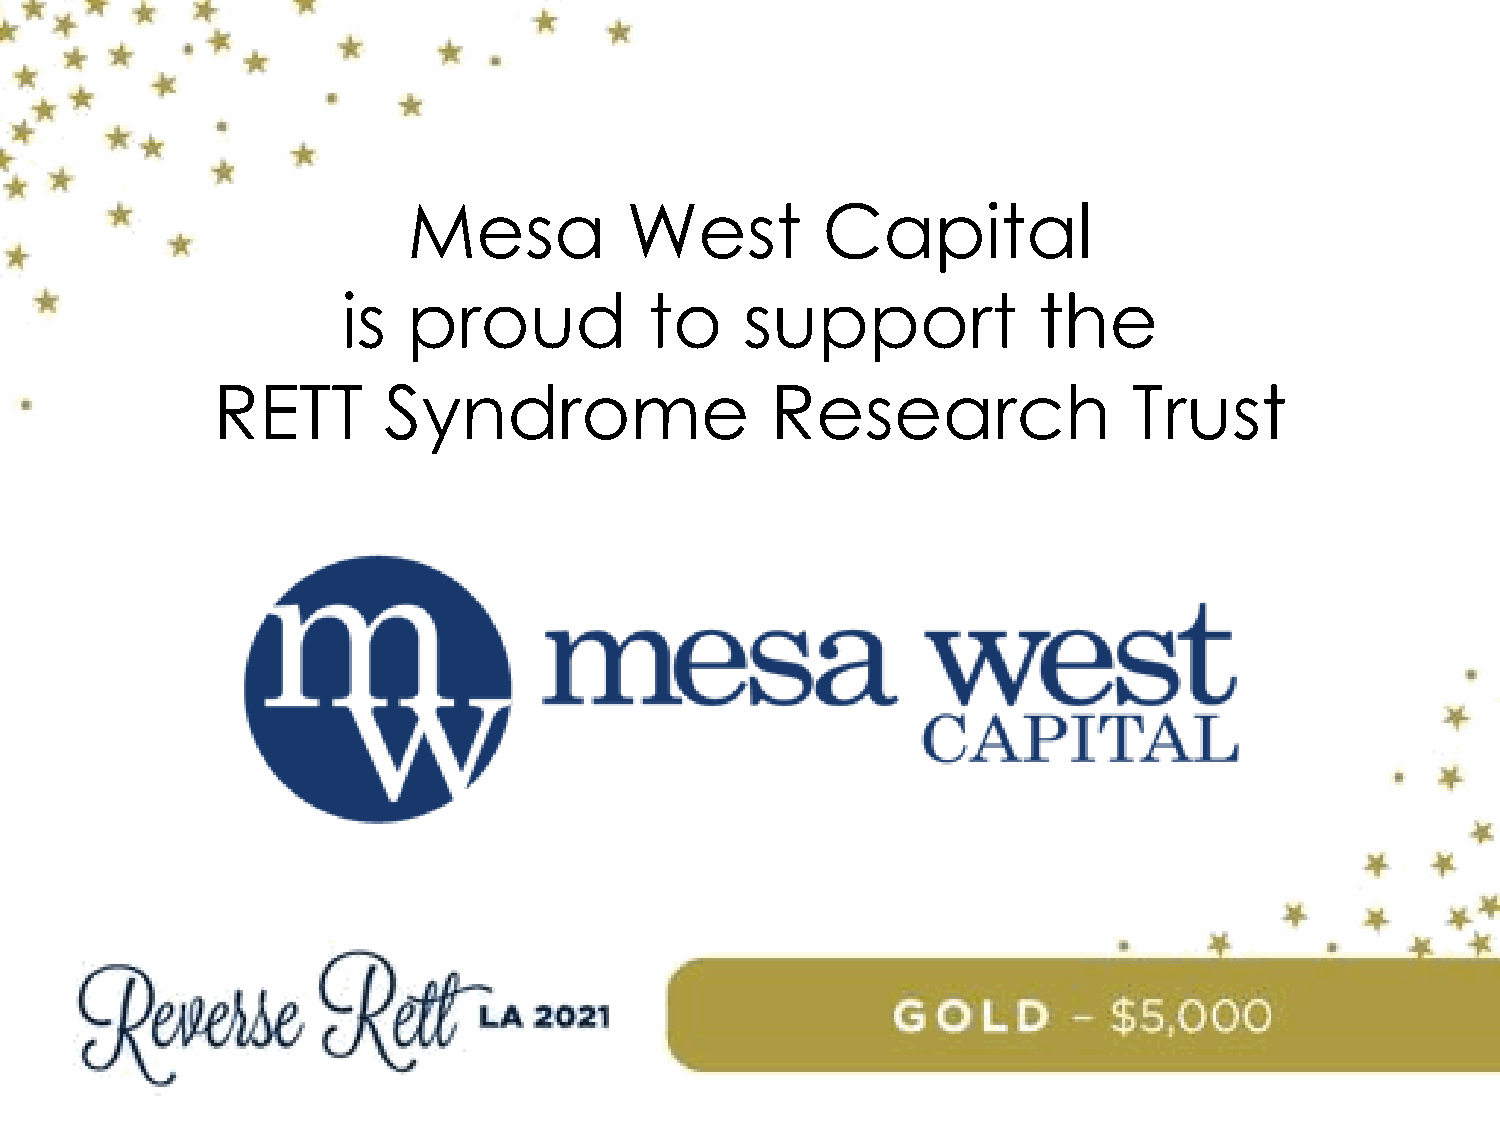
Mesa          West         Capital
 is  proud           to    support             the
 RETT       Syndrome                  Research                Trust